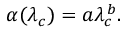
\alpha ( \lambda _ { c } ) = a \lambda _ { c } ^ { \, b } .